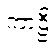
ကာဠီ